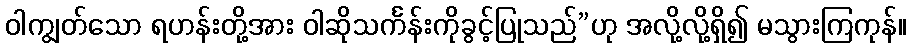
ဝါကျွတ်သော ရဟန်းတို့အား ဝါဆိုသင်္ကန်းကိုခွင့်ပြုသည်”ဟု အလို့လို့ရှိ၍ မသွားကြကုန်။